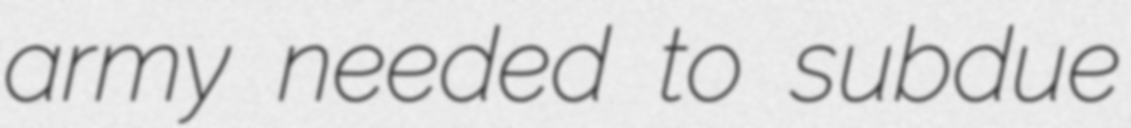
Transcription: army needed to subdue